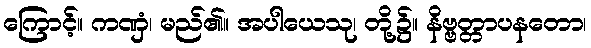
ကြောင့်။ ကဏှံ၊ မည်၏။ အပါယေသု၊ တို့၌။ နိဗ္ဗတ္တာပနတော၊